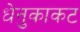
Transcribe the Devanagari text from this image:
धेनुकाकट